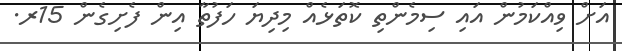
އަށް ވިއްކަމުން އައި ސިމެންތި ކޮތަޅެއް މިދިޔަ ހަފުތާ އިން ފެށިގެން 15ރ.